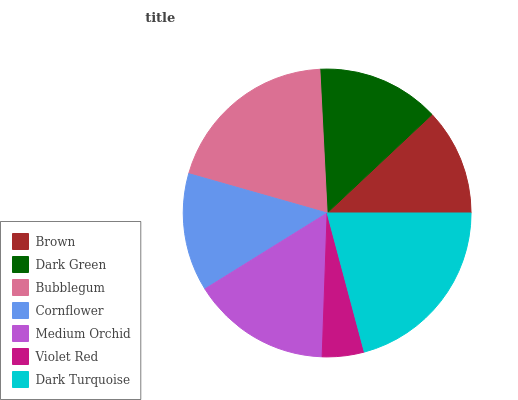
| Brown | Dark Green | Bubblegum | Cornflower | Medium Orchid | Violet Red | Dark Turquoise |
 | --- | --- | --- | --- | --- | --- | --- |
 | 12% | 13.8% | 19.7% | 13.3% | 15.6% | 4.71% | 20.9% |